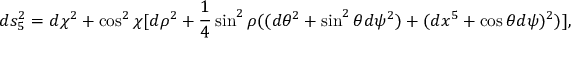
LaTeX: d s _ { 5 } ^ { 2 } = d \chi ^ { 2 } + \cos ^ { 2 } \chi [ d \rho ^ { 2 } + \frac { 1 } { 4 } \sin ^ { 2 } \rho ( ( d \theta ^ { 2 } + \sin ^ { 2 } \theta d \psi ^ { 2 } ) + ( d x ^ { 5 } + \cos \theta d \psi ) ^ { 2 } ) ] ,